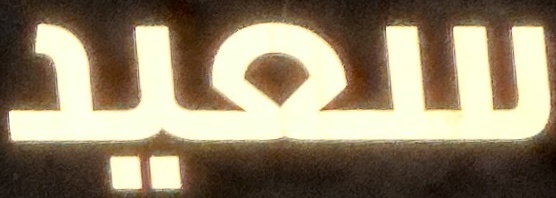
سعيد